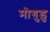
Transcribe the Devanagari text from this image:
मोगुडु